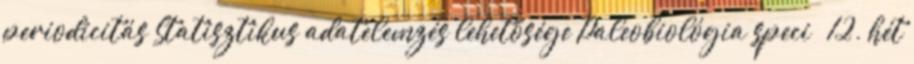
periodicitás Statisztikus adatelemzés lehetősége Paleobiológia speci – 12. hét